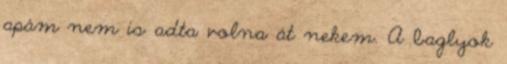
apám nem is adta volna át nekem. A baglyok